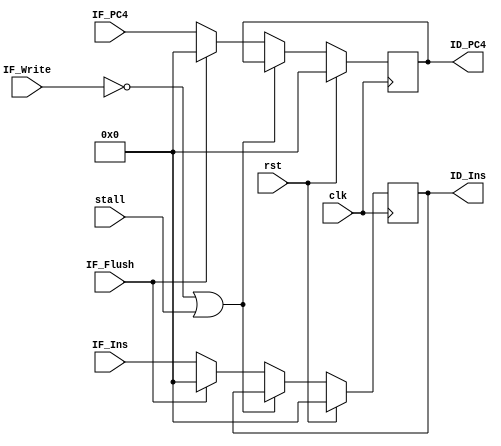
// IF_ID

module IF_ID ( clk,
               rst,
			   stall,
			   // input
			   IF_Write,
			   IF_Flush,
			   IF_PC4,
			   IF_Ins,
			   // output
			   ID_PC4,
			   ID_Ins);
	
	parameter pc_size = 32;
	parameter data_size = 32;
	
	input clk, rst,stall;
	input IF_Write, IF_Flush;
	input [pc_size-1:0]   IF_PC4;
	
	input [data_size-1:0] IF_Ins;
	
	output reg [pc_size-1:0]   ID_PC4;
	output reg [data_size-1:0] ID_Ins;	
     
    initial begin 
        ID_PC4 = 32'b0; 
        ID_Ins = 32'b0; 
    end 
	
	always @(negedge clk ) begin 
	
		if(rst)begin
			 ID_PC4 <= 32'b0; 
             ID_Ins <= 32'b0;
		end
		else if (IF_Write==0 || stall )begin
			 ID_PC4 <= ID_PC4; 
             ID_Ins <= ID_Ins;		
		end
		else if(IF_Flush)begin
			 ID_PC4 <= 32'b0; 
             ID_Ins <= 32'b0;
		end
		else begin
			ID_PC4 <= IF_PC4; 
            ID_Ins <= IF_Ins;
		end
	end

endmodule